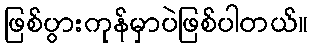
ဖြစ်ပွားကုန်မှာပဲဖြစ်ပါတယ်။